Annual report on the health of the army in India
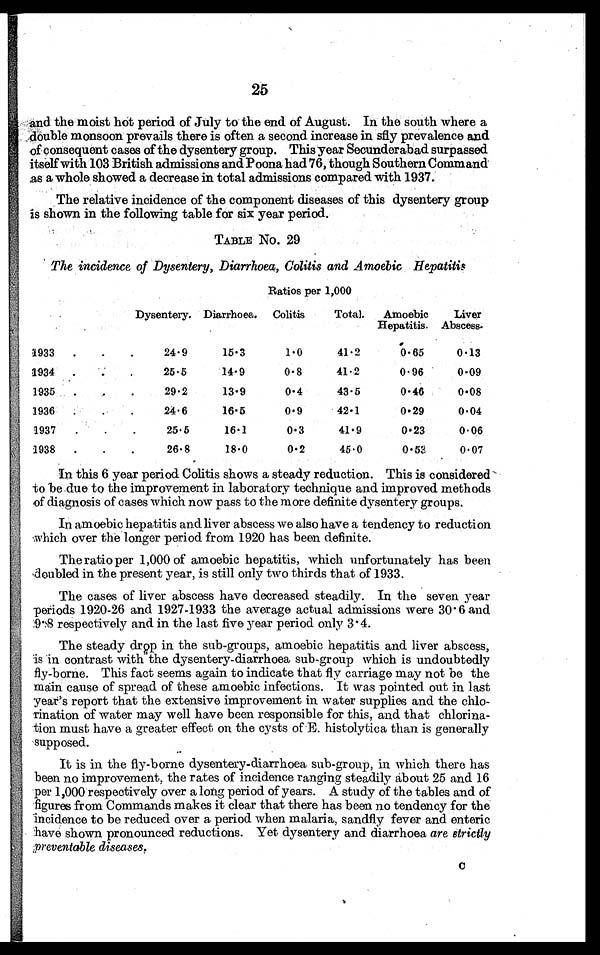
25
and the moist hot period of July to the end of August. In the south where a
double monsoon prevails there is often a second increase in sfly prevalence and
of consequent cases of the dysentery group. This year Secunderabad surpassed
itself with 103 British admissions and Poona had 76, though Southern Command
as a whole showed a decrease in total admissions compared with 1937.
The relative incidence of the component diseases of this dysentery group
is shown in the following table for six year period.
TABLE No. 29
The incidence of Dysentery, Diarrhoea, Colitis and Amoebic Hepatitis
Ratios per 1,000
Dysentery. Diarrhoea.
Colitis
Total.
Amoebic
Hepatitis.
Liver
Abscess
1933
.
.
.
24.9
15.3
1. 0
41.2
0.65
0.13
1934
25 . 5
14.9
0.8
41.2
0.96
0.09
1935
.
.
29.2
13.9
0.4
43.5
0.46
0.08
1936
.
.
24.6
16.5
0.9
42.1
0.29
0.04
1937
.
.
25.5
16.1
0.3
41.9
0.23
0.06
1938
.
.
.
26.8
18.0
0.2
45.0
0.53
0. 07
In this 6 year period Colitis shows a steady reduction. This is considered
to be due to the improvement in laboratory technique and improved methods
of diagnosis of cases which now pass to the more definite dysentery groups.
In amoebic hepatitis and liver abscess we also have a tendency to reduction
which over the longer period from 1920 has been definite.
The ratio per 1,000 of amoebic hepatitis, which unfortunately has been
doubled in the present year, is still only two thirds that of 1933.
The cases of liver abscess have decreased steadily. In the seven year
periods 1920-26 and 1927-1933 the average actual admissions were 30.6 and
9.8 respectively and in the last five year period only 3.4.
The steady drop in the sub-groups, amoebic hepatitis and liver abscess,
is in contrast with the dysentery-diarrhoea sub-group which is undoubtedly
fly-borne. This fact seems again to indicate that fly carriage may not be the
main cause of spread of these amoebic infections. It was pointed out in last
year's report that the extensive improvement in water supplies and the chlo-
rination of water may well have been responsible for this, and that chlorina-
tion must have a greater effect on the cysts of E. histolytica than. is generally
supposed.
It is in the fly-borne dysentery-diarrhoea, sub-group, in which there has
been no improvement, the rates of incidence ranging steadily about 25 and 16
per 1,000 respectively over a long period of years. A study of the tables and of
figures from Commands makes it clear that there has been no tendency for the
incidence to be reduced over a period when malaria, sandfly fever and enteric
have shown pronounced reductions. Yet dysentery and diarrhoea are strictly
preventable diseases.
C